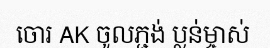
ចោរ AK ចូលភ្ជង់ ប្លន់ម្ចាស់